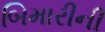
બિમારીની